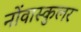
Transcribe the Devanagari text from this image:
नोंवास्कुलर